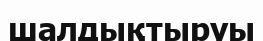
шалдықтыруы